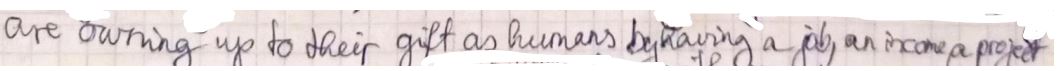
are owning up to their gift as humans by having a pb, an income proper